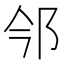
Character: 𨙽